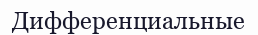
Дифференциальные